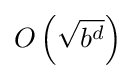
O\left({\sqrt {b^{d}}}\right)